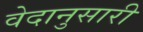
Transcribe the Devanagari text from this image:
वेदानुसारी